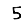
Digit: 5